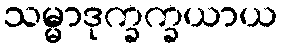
သမ္မာဒုက္ခက္ခယာယ